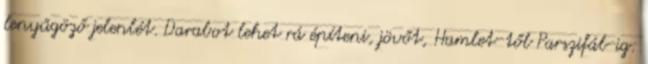
lenyűgöző jelenlét. Darabot lehet rá építeni, jövőt, Hamlet-től Parszifál-ig: